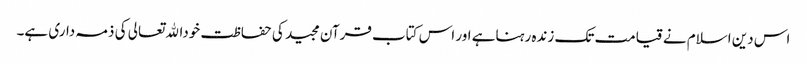
اس دین اسلام نے قیامت تک زندہ رہناہے اور اس کتاب قرآن مجید کی حفاظت خوداﷲتعالی کی ذمہ داری ہے۔